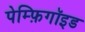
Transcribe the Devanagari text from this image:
पेम्फ़िगॉइड